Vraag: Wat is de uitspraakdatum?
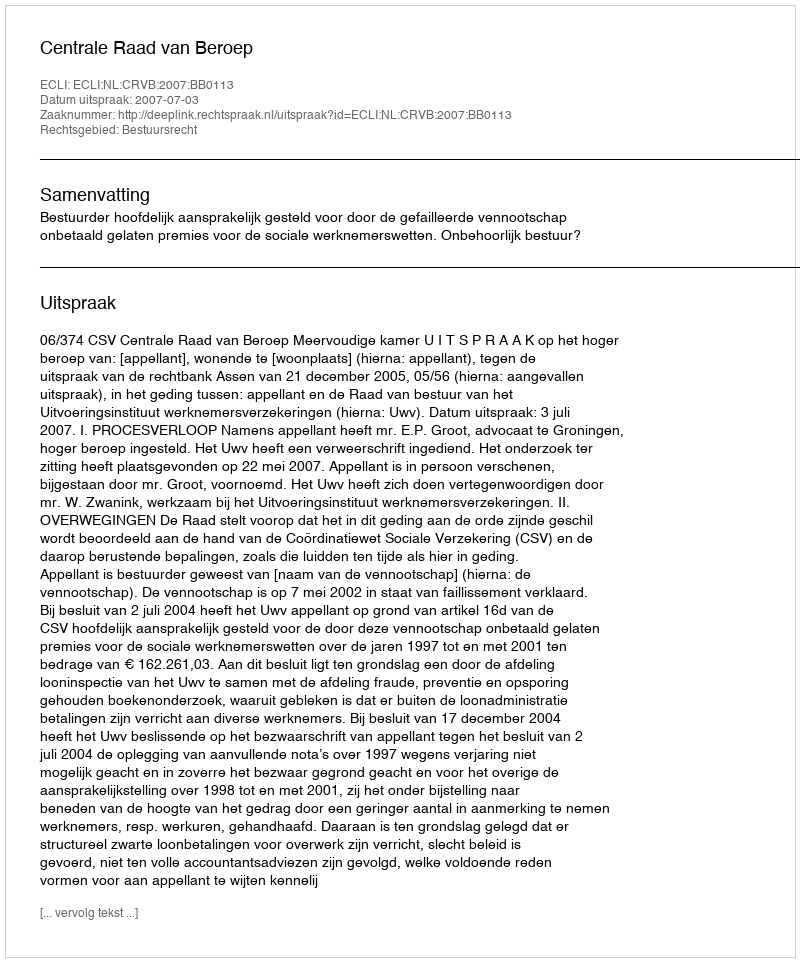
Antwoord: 2007-07-03